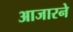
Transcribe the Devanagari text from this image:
आजारने